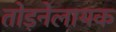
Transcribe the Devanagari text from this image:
तोड़नेलायक